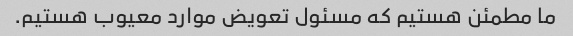
ما مطمئن هستیم که مسئول تعویض موارد معیوب هستیم.